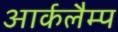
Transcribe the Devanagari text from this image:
आर्कलैम्प